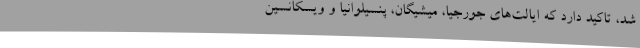
شد، تاکید دارد که ایالت‌های جورجیا، میشیگان، پنسیلوانیا و ویسکانسین